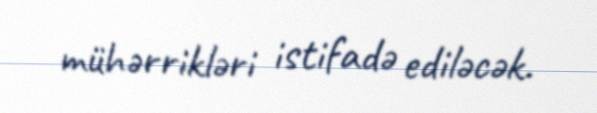
mühərrikləri istifadə ediləcək.